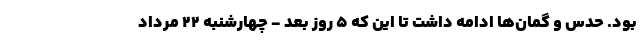
بود. حدس و گمان‌ها ادامه داشت تا این که 5 روز بعد - چهارشنبه 22 مرداد